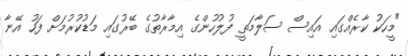
"މީހަކު ކާރެެއްގައި އައިސް ސަލާމަތީ ފުލުހުންގެ އިމާރާތުގެ ބޭރުގައި މަޑުކުރުމަށް ފަހު އޭނާ